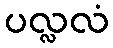
ပလ္လလံ